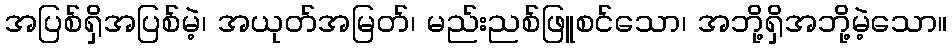
အပြစ်ရှိအပြစ်မဲ့၊ အယုတ်အမြတ်၊ မည်းညစ်ဖြူစင်သော၊ အဘို့ရှိအဘို့မဲ့သော။